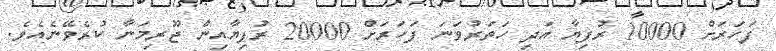
ފަހަރަށް 10000 ރުފިޔާ އަދި ހަތަރުވަނަ ފަހަރަށް 20000 ރުފިޔާއިން ޖޫރިމަނާ ކުރެވޭނެއެވެ.